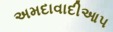
અમદાવાદીઆપ